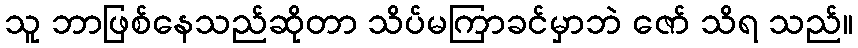
သူ ဘာဖြစ်နေသည်ဆိုတာ သိပ်မကြာခင်မှာဘဲ ဇော် သိရ သည်။